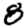
Digit: 8